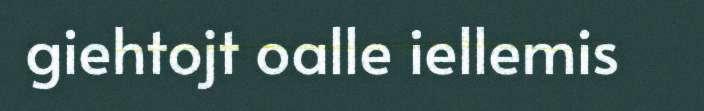
giehtojt oalle iellemis